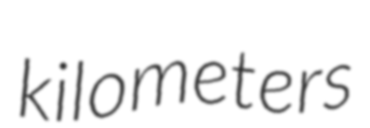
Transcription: kilometers